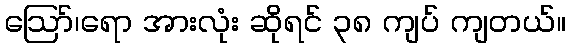
ဪ၊ရော အားလုံး ဆိုရင် ၃၈ ကျပ် ကျတယ်။